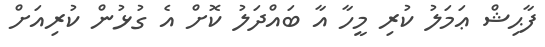
ފާޙިޝް ޢަމަލު ކުރި މީހާ އާ ބައްދަލު ކޮށް އެ ގުޅުން ކުރިއަށް